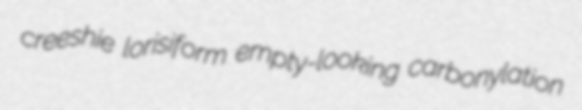
creeshie lorisiform empty-looking carbonylation